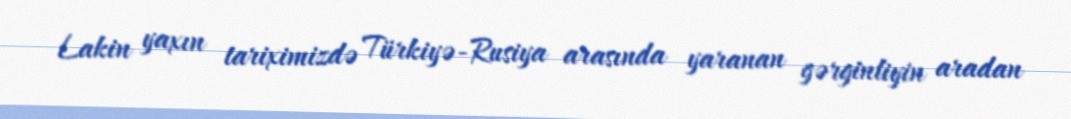
Lakin yaxın tariximizdə Türkiyə-Rusiya arasında yaranan gərginliyin aradan